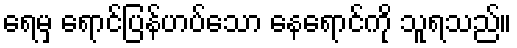
ရေမှ ရောင်ပြန်ဟပ်သော နေရောင်ကို သူရသည်။